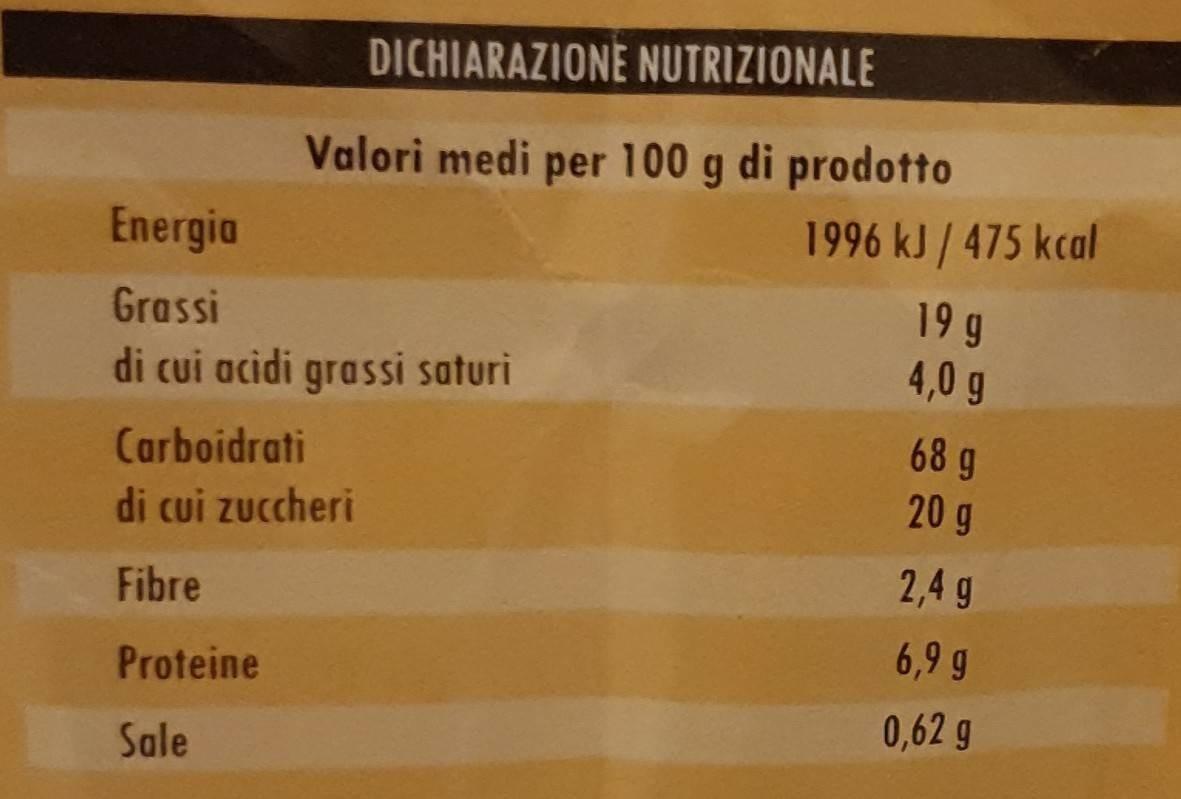
DICHIARAZIONE NUTRIZIONALE
Valori medi
per
100 g di prodotto
Energia
1996 kJ / 475 kcal
19 g 4,0 g
Grassi
di cui acidi grassi saturi
68 g 20 g
Carboidrati
di cui zuccheri
2,4 g
Fibre
6,9 g
Proteine
0,62 g
Sale